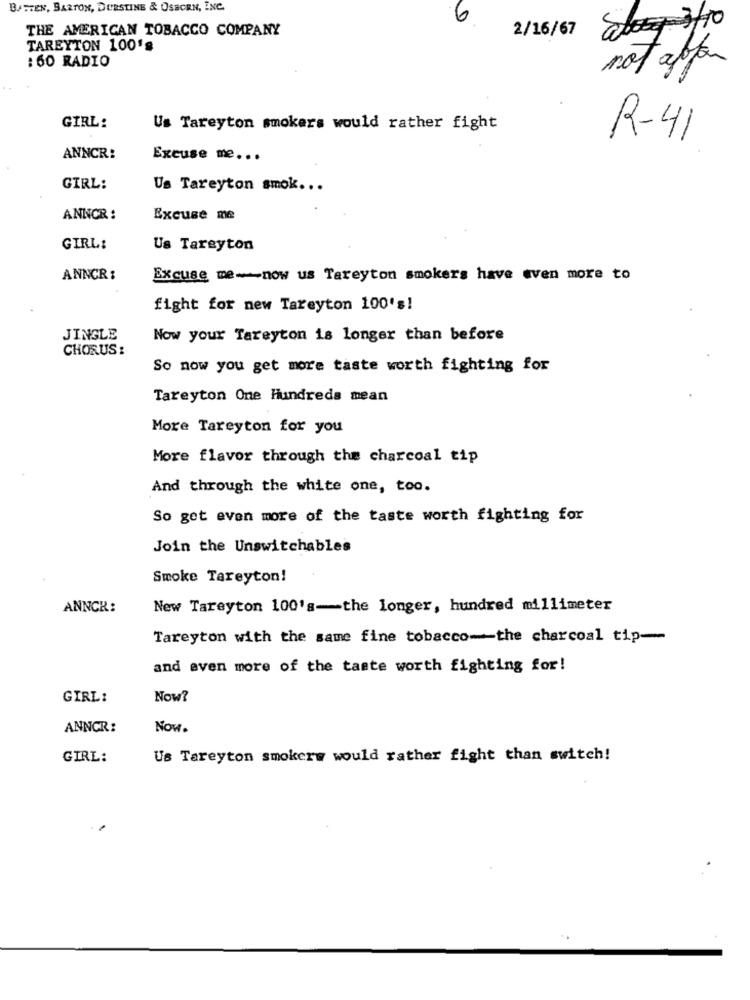
BATTEN, BARTON, DURSTING & OSBORN, INC.
6
THE AMERICAN TOBACCO COMPANY
2/16/67
log 3/10
TAREYTON 100's
: 60 RADIO
not appen
GIRL:
Us Tareyton smokers would rather fight
R-41
ANNCR:
Excuse me ...
GIRL:
Us Tareyton smok ...
ANNOR :
Excuse me
GIRL:
Us Tareyton
ANNCR:
Excuse me -- now us Tareyton smokers have even more to
fight for new Tareyton 100's!
JINGLE
Now your Tareyton is longer than before
CHORUS:
So now you get more taste worth fighting for
Tareyton One Hundreda mean
More Tareyton for you
More flavor through the charcoal tip
And through the white one, too.
So get even more of the taste worth fighting for
Join the Unswitchable's
Smoke Tareyton!
ANNCR:
New Tareyton 100's-the longer, hundred millimeter
Tareyton with the same fine tobacco-the charcoal tip-
and even more of the taste worth fighting for!
GIRL:
Now?
ANNCR:
Now.
GIRL:
Us Tareyton smokers would rather fight than switch!